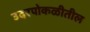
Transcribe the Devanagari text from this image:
उदरपोकळीतील